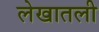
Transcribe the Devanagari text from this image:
लेखातली